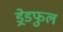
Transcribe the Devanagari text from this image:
ड्रेडफुल